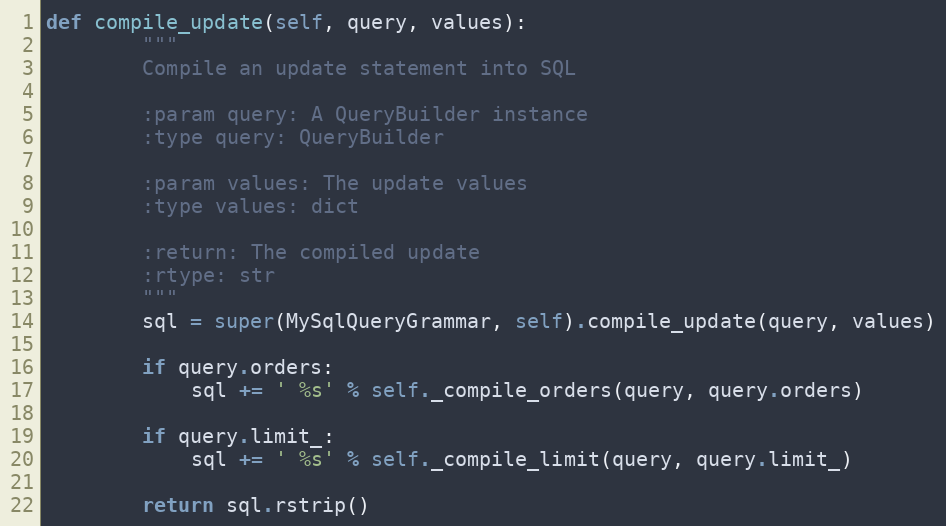
Language: Python
def compile_update(self, query, values):
        """
        Compile an update statement into SQL

        :param query: A QueryBuilder instance
        :type query: QueryBuilder

        :param values: The update values
        :type values: dict

        :return: The compiled update
        :rtype: str
        """
        sql = super(MySqlQueryGrammar, self).compile_update(query, values)

        if query.orders:
            sql += ' %s' % self._compile_orders(query, query.orders)

        if query.limit_:
            sql += ' %s' % self._compile_limit(query, query.limit_)

        return sql.rstrip()